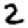
Digit: 2